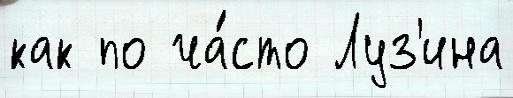
как по ча́сто Луз'ина